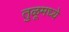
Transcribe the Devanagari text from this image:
तुळूमध्ये